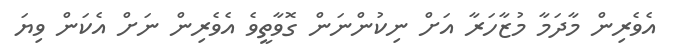
އެވެރިން މާދަމާ މުޒާހަރާ އަށް ނިކުންނަން ގޮވާތީވެ އެވެރިން ނަށް އެކަން ވިޔަ